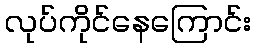
လုပ်ကိုင်နေကြောင်း